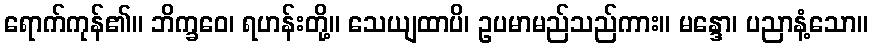
ရောက်ကုန်၏။ ဘိက္ခဝေ၊ ရဟန်းတို့။ သေယျထာပိ၊ ဥပမာမည်သည်ကား။ မန္ဒော၊ ပညာနံ့သော။